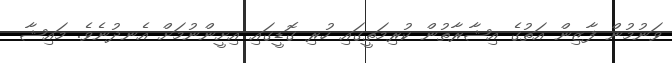
ވަނުމުން ފާޒިން އަތުގެ އިޝާރާތުން ކުރިމަތީގައި ހުރި ގޮޑީގައި އިށީންނުމަށް އެނދުނެވެ. މައިޝާ